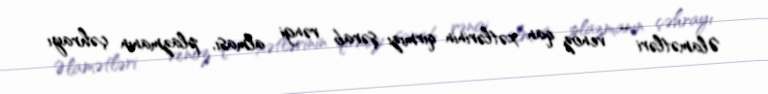
Əlamətləri – venoz qan xətlərinin qırmızı şərab rəngi alması, plazmanın çəhrayı